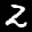
Label: 2